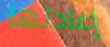
إعادتها